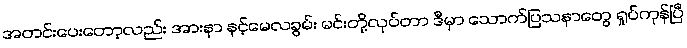
အတင်းပေးတော့လည်း အားနာ နင့်မေလခွမ်း မင်းတို့လုပ်တာ ဒီမှာ သောက်ပြသနာတွေ ရှုပ်ကုန်ပြီ